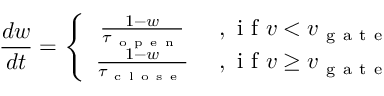
\frac { d w } { d t } = \left\{ \begin{array} { c c } { \frac { 1 - w } { \tau _ { \mathrm { ~ o ~ p ~ e ~ n ~ } } } } & { \mathrm { ~ , ~ i ~ f ~ } v < v _ { \mathrm { ~ g ~ a ~ t ~ e ~ } } } \\ { \frac { 1 - w } { \tau _ { \mathrm { ~ c ~ l ~ o ~ s ~ e ~ } } } } & { \mathrm { ~ , ~ i ~ f ~ } v \geq v _ { \mathrm { ~ g ~ a ~ t ~ e ~ } } } \end{array} \right.